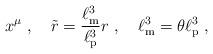
LaTeX: \begin{align*}x^{\mu}\ ,\quad \tilde{r}=\frac{\ell_{\rm m}^{3}}{\ell_{\rm p}^{3}}r\ ,\quad \ell_{\rm m}^{3}=\theta\ell_{\rm p}^{3}\ ,\end{align*}